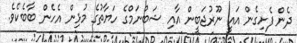
ދެން ފެށިގެން އައީ ނޫރުޖަބީން އާއި ޝަބްނަމްގެ ހަޔާތުގެ މުޅިން އެހެން ބާބެކެވެ.